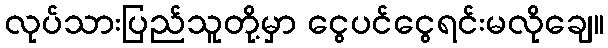
လုပ်သားပြည်သူတို့မှာ ငွေပင်ငွေရင်းမလိုချေ။